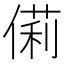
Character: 𠍆